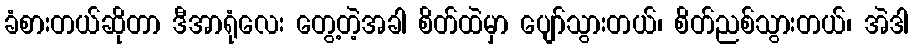
ခံစားတယ်ဆိုတာ ဒီအာရုံလေး တွေ့တဲ့အခါ စိတ်ထဲမှာ ပျော်သွားတယ်၊ စိတ်ညစ်သွားတယ်၊ အဲဒါ